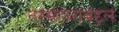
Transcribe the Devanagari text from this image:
नरसंहाराबद्दल